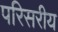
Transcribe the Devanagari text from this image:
परिसरीय